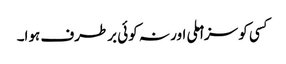
کسی کو سزا ملی اور نہ کوئی برطرف ہوا۔